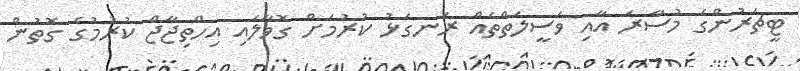
ޓީޗަރުންގެ މުސާރަ އާއި ވަސީލަތްތައް ރަނގަޅު ކުރުމަށް ގޮވާލައި އިހްތިޖާޖް ކުރުމުގެ ގޮތުން